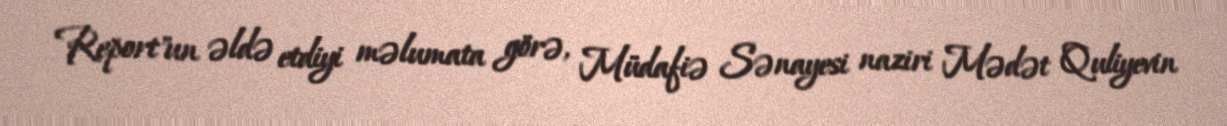
Report"un əldə etdiyi məlumata görə, Müdafiə Sənayesi naziri Mədət Quliyevin